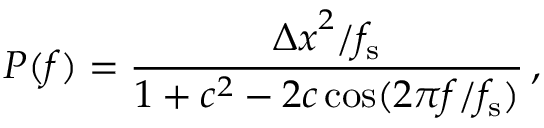
P ( f ) = \frac { { \Delta x } ^ { 2 } / f _ { \mathrm { s } } } { 1 + c ^ { 2 } - 2 c \cos ( 2 \pi f / f _ { \mathrm { s } } ) } \, ,